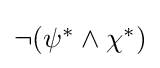
{\textstyle \neg (\psi ^{*}\land \chi ^{*})}